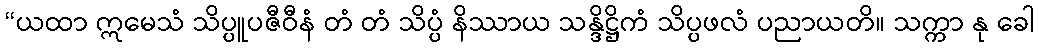
“ယထာ ဣမေသံ သိပ္ပူပဇီဝီနံ တံ တံ သိပ္ပံ နိဿာယ သန္ဒိဋ္ဌိကံ သိပ္ပဖလံ ပညာယတိ။ သက္ကာ နု ခေါ